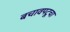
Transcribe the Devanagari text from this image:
बचावपटूचा